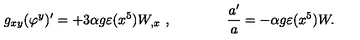
g _ { x y } ( \varphi ^ { y } ) ^ { \prime } = + 3 \alpha g \varepsilon ( x ^ { 5 } ) W _ { , x } \ , \qquad \qquad { \frac { a ^ { \prime } } { a } } = - \alpha g \varepsilon ( x ^ { 5 } ) W .